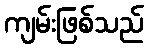
ကျမ်းဖြစ်သည်